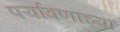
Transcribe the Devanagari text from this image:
पर्यावणाच्या